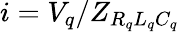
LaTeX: i=V_{q}/Z_{R_{q}L_{q}C_{q}}